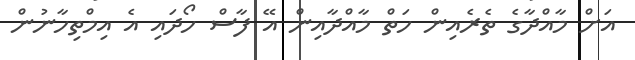
އަށް މާއްދާގެ ތެރެއިން ހަތް މާއްދާއިން އޭ ފާސް ހޯދައި އެ އިމްތިހާނުން